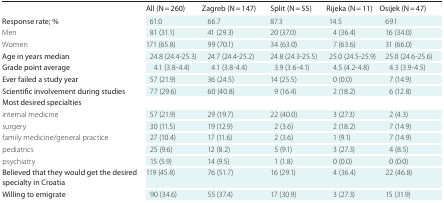
<table><thead><tr><td></td><td><b>All (N = 260)</b></td><td><b>Zagreb (N = 147)</b></td><td><b>Split (N = 55)</b></td><td><b>Rijeka (N = 11)</b></td><td><b>Osijek (N = 47)</b></td></tr></thead><tbody><tr><td>Response rate; %</td><td>61.0</td><td>66.7</td><td>87.3</td><td>14.5</td><td>69.1</td></tr><tr><td>Men</td><td>81 (31.1)</td><td>41 (29.3)</td><td>20 (37.0)</td><td>4 (36.4)</td><td>16 (34.0)</td></tr><tr><td>Women</td><td>171 (65.8)</td><td>99 (70.1)</td><td>34 (63.0)</td><td>7 (63.6)</td><td>31 (66.0)</td></tr><tr><td>Age in years median</td><td>24.8 (24.4-25.3)</td><td>24.7 (24.4-25.2)</td><td>24.8 (24.3-25.5)</td><td>25.0 (24.5-25.9)</td><td>25.0 (24.6-25.6)</td></tr><tr><td>Grade point average</td><td>4.1 (3.8-4.4)</td><td>4.1 (3.8-4.4)</td><td>3.9 (3.6-4.1)</td><td>4.5 (4.2-4.8)</td><td>4.3 (3.9-4.5)</td></tr><tr><td>Ever failed a study year</td><td>57 (21.9)</td><td>36 (24.5)</td><td>14 (25.5)</td><td>0 (0.0)</td><td>7 (14.9)</td></tr><tr><td>Scientific involvement during studies</td><td>77 (29.6)</td><td>60 (40.8)</td><td>9 (16.4)</td><td>2 (18.2)</td><td>6 (12.8)</td></tr><tr><td>Most desired specialties</td><td></td><td></td><td></td><td></td><td></td></tr><tr><td>Internal medicine</td><td>57 (21.9)</td><td>29 (19.7)</td><td>22 (40.0)</td><td>3 (27.3)</td><td>2 (4.3)</td></tr><tr><td>Surgery</td><td>30 (11.5)</td><td>19 (12.9)</td><td>2 (3.6)</td><td>2 (18.2)</td><td>7 (14.9)</td></tr><tr><td>Family medicine/general practice</td><td>27 (10.4)</td><td>17 (11.6)</td><td>2 (3.6)</td><td>1 (9.1)</td><td>7 (14.9)</td></tr><tr><td>Pediatrics</td><td>25 (9.6)</td><td>12 (8.2)</td><td>5 (9.1)</td><td>3 (27.3)</td><td>4 (8.5)</td></tr><tr><td>Psychiatry</td><td>15 (5.9)</td><td>14 (9.5)</td><td>1 (1.8)</td><td>0 (0.0)</td><td>0 (0.0)</td></tr><tr><td>Believed that they would get the desired specialty in Croatia</td><td>119 (45.8)</td><td>76 (51.7)</td><td>16 (29.1)</td><td>4 (36.4)</td><td>22 (46.8)</td></tr><tr><td>Willing to emigrate</td><td>90 (34.6)</td><td>55 (37.4)</td><td>17 (30.9)</td><td>3 (27.3)</td><td>15 (31.9)</td></tr></tbody></table>